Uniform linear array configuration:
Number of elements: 12
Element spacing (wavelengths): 1
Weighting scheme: cosine
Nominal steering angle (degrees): -45
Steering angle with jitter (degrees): -45.099
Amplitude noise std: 0.05
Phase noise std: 0.05

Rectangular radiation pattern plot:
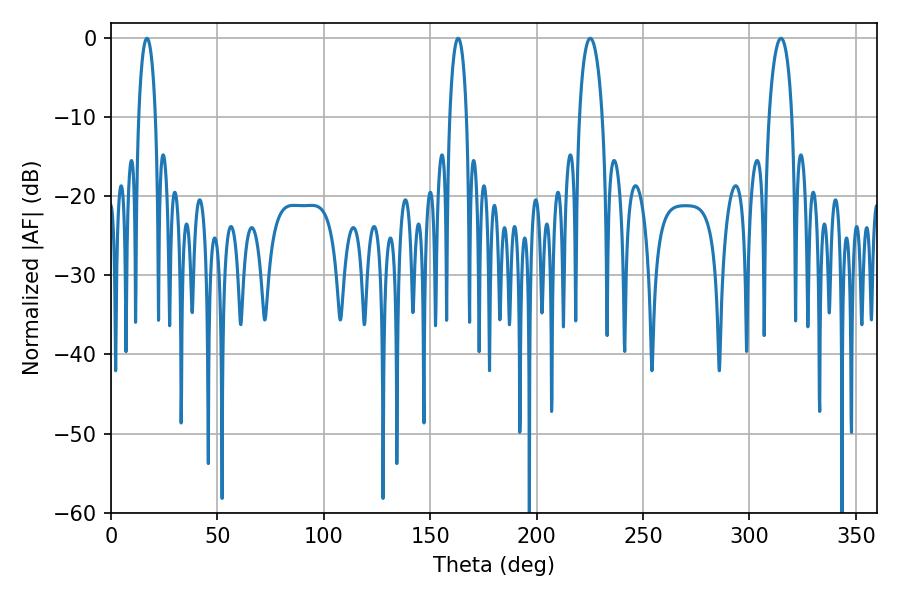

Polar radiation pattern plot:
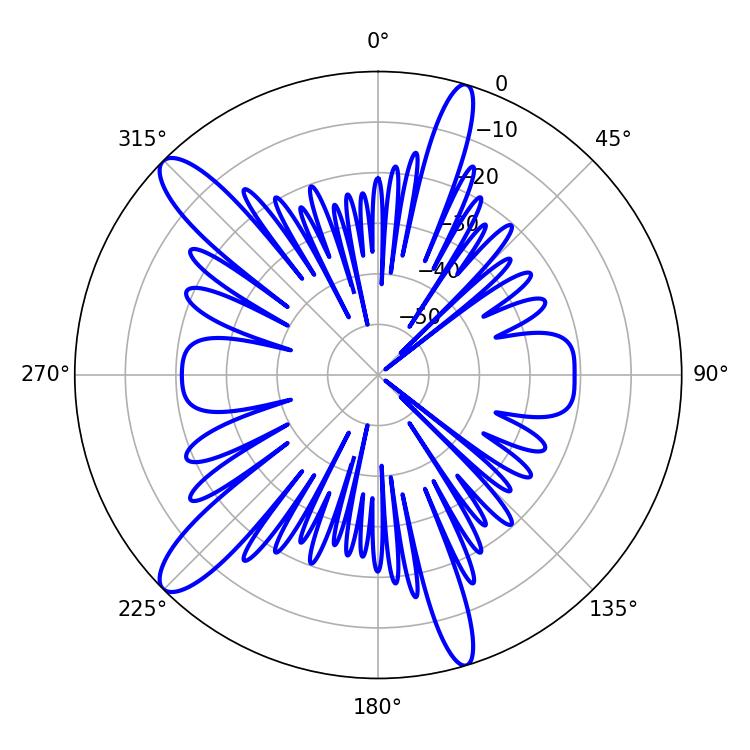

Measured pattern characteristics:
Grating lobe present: TRUE
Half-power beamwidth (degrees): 6.12
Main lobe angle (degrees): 225.18